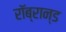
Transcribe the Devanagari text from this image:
रॉब्रान्ड